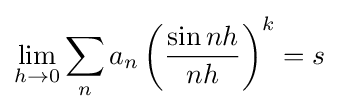
\lim _{h\rightarrow 0}\sum _{n}a_{n}\left({\frac {\sin nh}{nh}}\right)^{k}=s